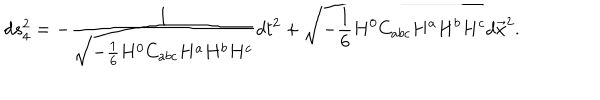
LaTeX: d s _ { 4 } ^ { 2 } = - { \frac { 1 } { \sqrt { - { \frac { 1 } { 6 } } H ^ { 0 } C _ { a b c } H ^ { a } H ^ { b } H ^ { c } } } } d t ^ { 2 } + \sqrt { - { \frac { 1 } { 6 } } H ^ { 0 } C _ { a b c } H ^ { a } H ^ { b } H ^ { c } } d \vec { x } ^ { 2 } .